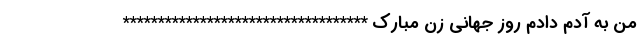
من به آدم دادم روز جهانی زن مبارک ***********************************